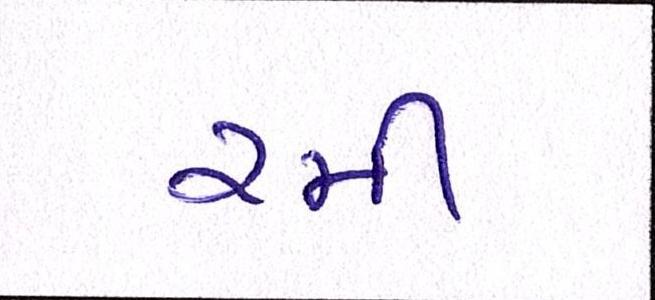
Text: રમી